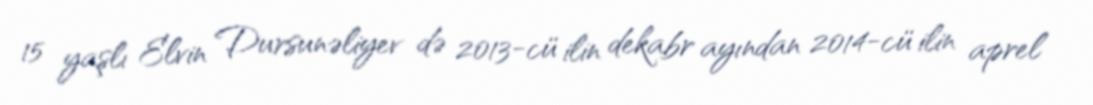
15 yaşlı Elvin Dursunəliyev də 2013-cü ilin dekabr ayından 2014-cü ilin aprel